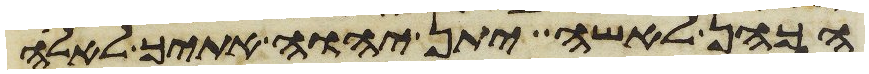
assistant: הכהן לאשה יתן יהוה אתיך לאלה